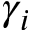
\gamma _ { i }